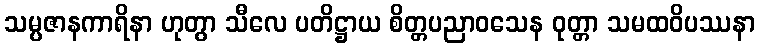
သမ္ပဇာနကာရိနာ ဟုတွာ သီလေ ပတိဋ္ဌာယ စိတ္တပညာဝသေန ဝုတ္တာ သမထဝိပဿနာ